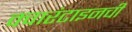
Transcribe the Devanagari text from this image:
क्वारंटाइनची